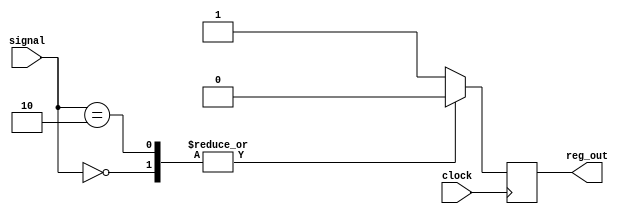
module case_statement_block (
    input wire [1:0] signal,
    input wire clock,
    output reg reg_out
);

always @(posedge clock) begin
    case(signal)
        2'b00: reg_out <= 1'b0; // If signal is 2'b00, do this action
        2'b01: reg_out <= 1'b1; // If signal is 2'b01, do this action
        2'b10: reg_out <= 1'b0; // If signal is 2'b10, do this action
        default: reg_out <= 1'b1; // Default action if signal does not match any defined cases
    endcase
end

endmodule